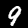
Digit: 9